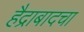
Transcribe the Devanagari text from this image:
हैद्राबादचा